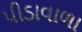
પીડાવાળા